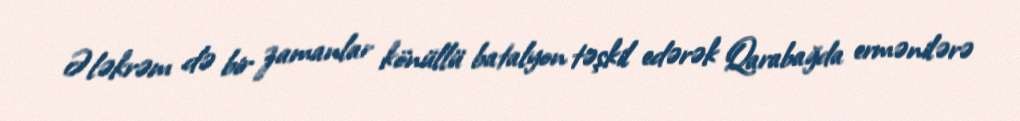
Ələkrəm də bir zamanlar könüllü batalyon təşkil edərək Qarabağda ermənilərə